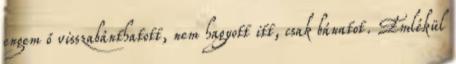
engem ő visszabánthatott, nem hagyott itt, csak bánatot. Emlékül